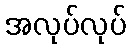
အလုပ်လုပ်